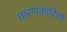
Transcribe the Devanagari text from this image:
धारणकारिणी